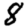
Digit: 8